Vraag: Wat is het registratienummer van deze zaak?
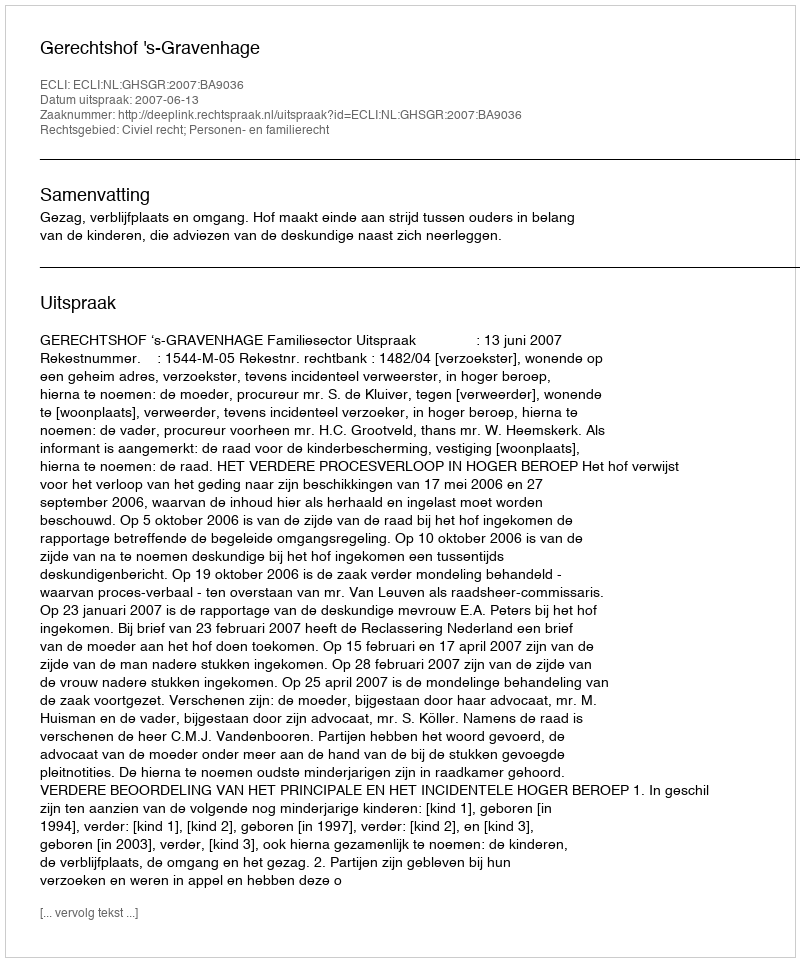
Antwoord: http://deeplink.rechtspraak.nl/uitspraak?id=ECLI:NL:GHSGR:2007:BA9036